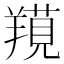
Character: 𦎽